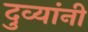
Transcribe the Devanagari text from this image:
दुव्यांनी